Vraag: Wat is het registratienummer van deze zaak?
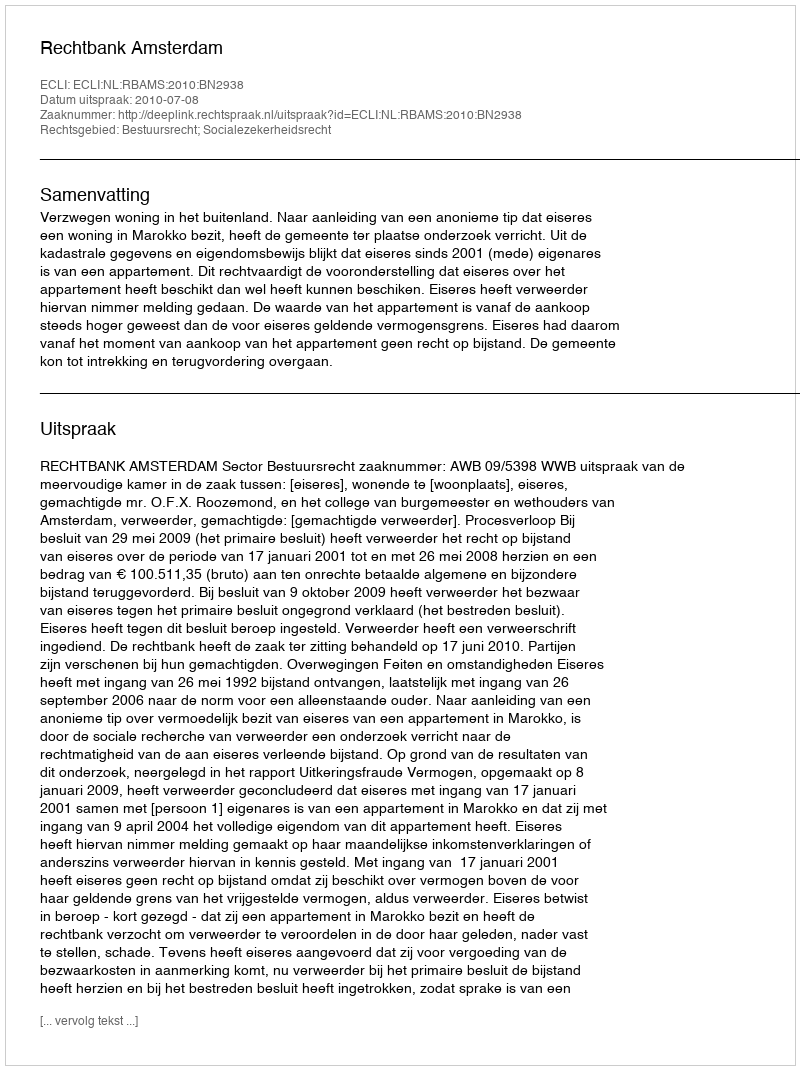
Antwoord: http://deeplink.rechtspraak.nl/uitspraak?id=ECLI:NL:RBAMS:2010:BN2938